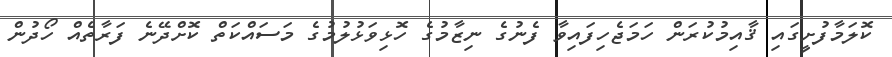
ކޮލަމާފުށީގައި ޤާއިމުކުރަން ހަމަޖެހިފައިވާ ފެނުގެ ނިޒާމުގެ ހޮޅިވަޅުލުމުގެ މަސައްކަތް ކޮށްދޭނެ ފަރާތެއް ހޯދުން